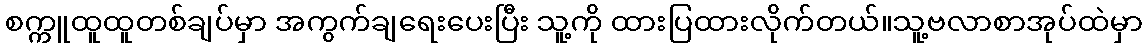
စက္ကူထူထူတစ်ချပ်မှာ အကွက်ချရေးပေးပြီး သူ့ကို ထားပြထားလိုက်တယ်။သူ့ဗလာစာအုပ်ထဲမှာ